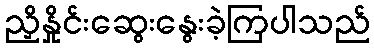
ညှိနှိုင်းဆွေးနွေးခဲ့ကြပါသည်